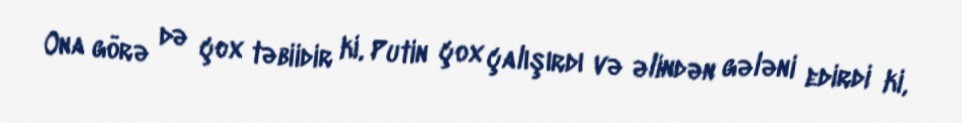
Ona görə də çox təbiidir ki, Putin çox çalışırdı və əlindən gələni edirdi ki,